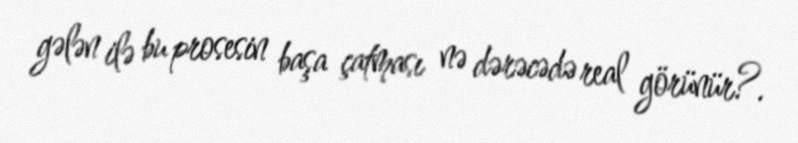
gələn ilə bu prosesin başa çatması nə dərəcədə real görünür?.